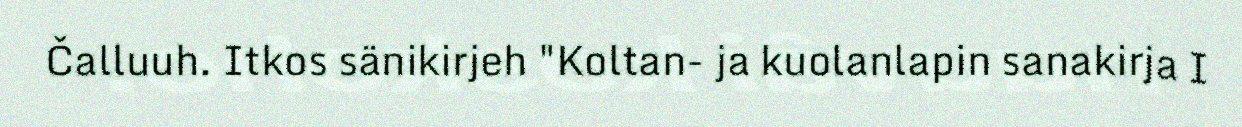
Čalluuh. Itkos sänikirjeh "Koltan- ja kuolanlapin sanakirja I